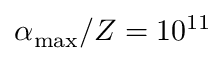
\alpha _ { \mathrm { m a x } } / Z = 1 0 ^ { 1 1 }